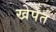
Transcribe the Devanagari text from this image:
खेपेत